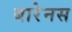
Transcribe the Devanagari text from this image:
बारेनस